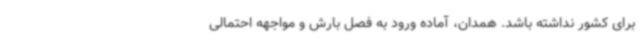
برای کشور نداشته باشد. همدان، آماده ورود به فصل بارش و مواجهه احتمالی